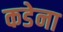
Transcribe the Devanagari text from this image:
कडेना